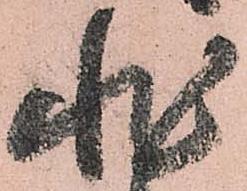
非